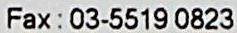
FAX : 03-5519 0823